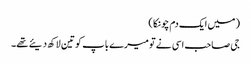
( میں ایک دم چونکا )
جی صاحب اسی نے تو میرے باپ کو تین لاکھ دیئے تھے۔